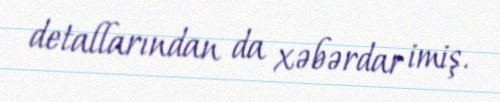
detallarından da xəbərdar imiş.